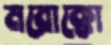
মরোক্কো